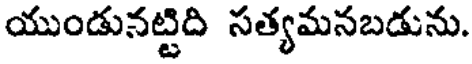
యుండునట్టిది సత్యమనబడును.